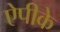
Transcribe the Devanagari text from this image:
ऐपीके